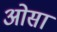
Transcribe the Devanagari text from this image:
ओसा